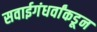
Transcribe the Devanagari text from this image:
सवाईगंधर्वांकडून